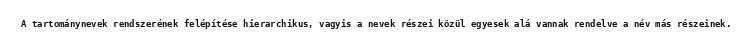
A tartománynevek rendszerének felépítése hierarchikus, vagyis a nevek részei közül egyesek alá vannak rendelve a név más részeinek.